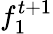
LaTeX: f_{1}^{t+1}